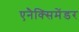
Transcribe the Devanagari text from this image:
एनैक्सिमेंडर